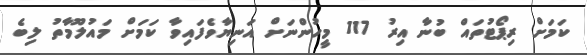
ކަމަށް ރިޕޯޓުތައް ބުނާ އިރު 117 މީހުންނަށް އަނިޔާވެފައިވާ ކަމަށް މައުލޫމާތު ލިބެ